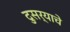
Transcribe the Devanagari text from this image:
दुसर्याचे